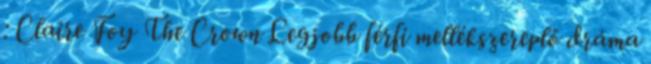
: Claire Foy The Crown Legjobb férfi mellékszereplő dráma